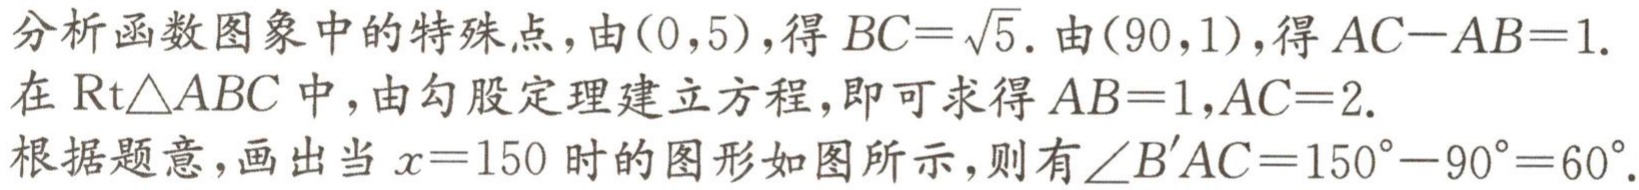
分析函数图象中的特殊点，由\((0,5)\)，得\(BC = \sqrt{5}\). 由\((90,1)\)，得\(AC - AB = 1\).

在\(\text{Rt}\triangle ABC\)中，由勾股定理建立方程，即可求得\(AB = 1,AC = 2\).

根据题意，画出当\(x = 150\)时的图形如图所示，则有\(\angle B'AC=150^{\circ}-90^{\circ}=60^{\circ}\).